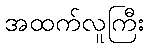
အထက်လူကြီး